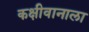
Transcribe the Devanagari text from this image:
कक्षीवानाला